Senior Leaving Certificate Examination (including Day School Certificate (Higher) General paper), 1948
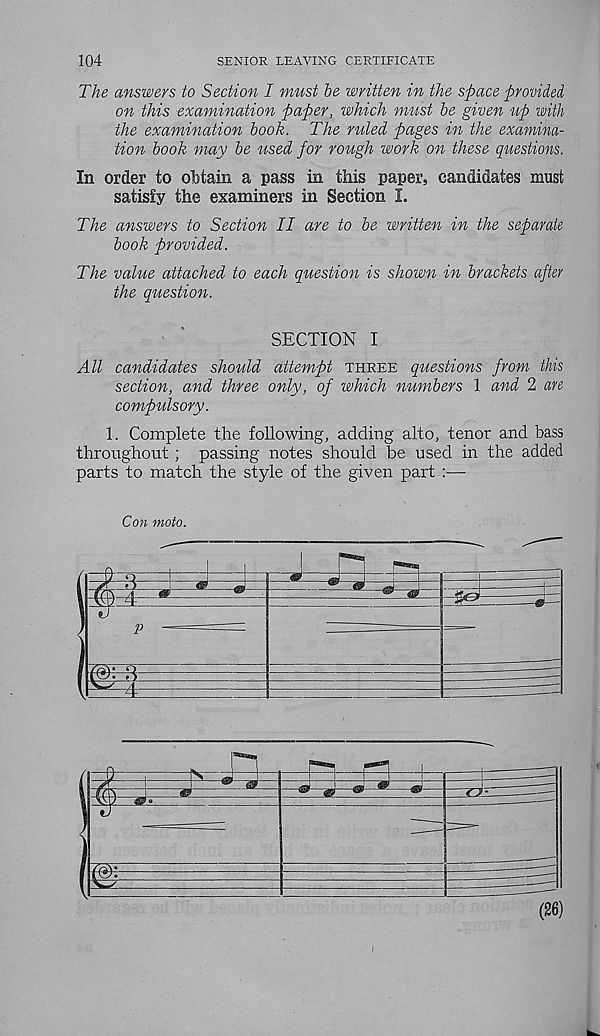
104
SENIOR LEAVING CERTIFICATE
The answers to Section I must he written in the space provided
on this examination paper, which must he given up with
the examination book. The ruled pages in the examina-
tion hook may be used for rough work on these questions.
In order to obtain a pass in this paper, candidates must
satisfy the examiners in Section I.
The answers to Section II are to be written in the separate
hook provided.
The value attached to each question is shown in brackets after
the question.
SECTION I
All candidates should attempt three questions from this
section, and three only, of which numbers 1 and 2 are
compulsory.
1. Complete the following, adding alto, tenor and bass
throughout ; passing notes should be used in the added
parts to match the style of the given part :•—•
Con moto.
5
c)
4
I
IE
-Ph-
1X21
(26)